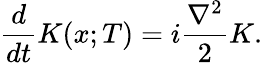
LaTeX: {\frac{d}{dt}}K(x;T)=i{\frac{\nabla^{2}}{2}}K.